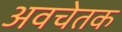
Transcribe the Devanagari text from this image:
अवचेतक